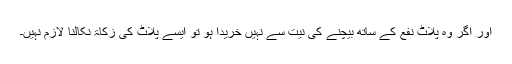
اور اگر وہ پلاٹ نفع کے ساتھ بیچنے کی نیت سے نہیں خریدا ہو تو ایسے پلاٹ کی زکاۃ نکالنا لازم نہیں۔